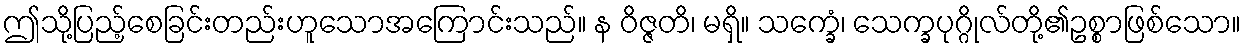
ဤသို့ပြည့်စေခြင်းတည်းဟူသောအကြောင်းသည်။ န ဝိဇ္ဇတိ၊ မရှိ။ သက္ခေံ၊ သေက္ခပုဂ္ဂိုလ်တို့၏ဥစ္စာဖြစ်သော။